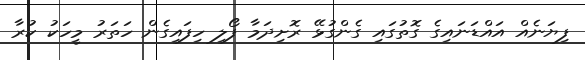
ފިޔަނެއް އައްޑަނައިގެ ގޮތުގައި ގެންގުޅޭ ރޮށިދަމާ ފޯލި ހިފައިގެން ހަތަރު މީހަކު ކުރާ